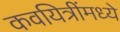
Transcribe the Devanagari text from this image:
कवयित्रींमध्ये